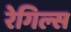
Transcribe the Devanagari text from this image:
रेगिल्स